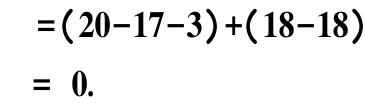
\[
\begin{align*}
&=(20 - 17 - 3)+(18 - 18)\\
&= 0.
\end{align*}
\]